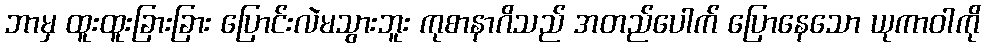
ဘာမှ ထူးထူးခြားခြား ပြောင်းလဲမသွားဘူး ကုစာနာဂိသည် အတည်ပေါက် ပြောနေသော ယုကာဝါကို